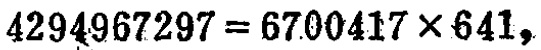
\(4294967297 = 6700417\times 641,\)